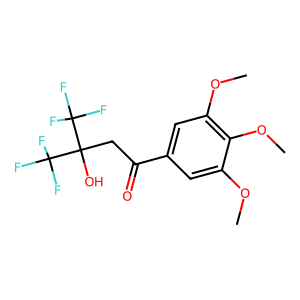
SMILES: COc1cc(C(=O)CC(O)(C(F)(F)F)C(F)(F)F)cc(OC)c1OC
Inhibits HIV replication: No